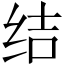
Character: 结